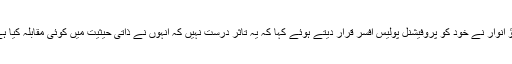
راؤ انوار نے خود کو پروفیشنل پولیس افسر قرار دیتے ہوئے کہا کہ یہ تاثر درست نہیں کہ انہوں نے ذاتی حیثیت میں کوئی مقابلہ کیا ہے۔